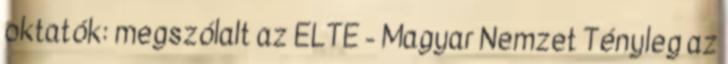
oktatók: megszólalt az ELTE - Magyar Nemzet Tényleg az